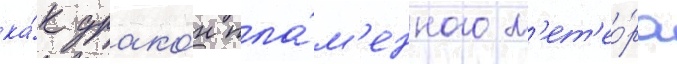
ка́к драко́н пла́м'енного м'ет'ео́ра